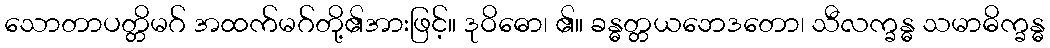
သောတာပတ္တိမဂ် အထက်မဂ်တို့၏အားဖြင့်။ ဒုဝိဓော၊ ၏။ ခန္ဓတ္တယဘေဒတော၊ သီလက္ခန္ဓ သမာဓိက္ခန္ဓ